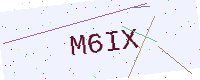
Text: M6IX